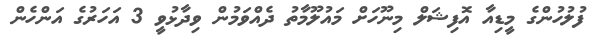
ފުލުހުންގެ މީޑިއާ އޮފިޝަލް މިނޫހަށް މައުލޫމާތު ދެއްވަމުން ވިދާޅުވީ 3 އަހަރުގެ އަންހެން